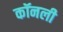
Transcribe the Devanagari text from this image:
कॉनली